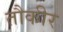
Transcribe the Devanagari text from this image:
तौकीर